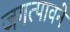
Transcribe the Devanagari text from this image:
जगत्पावने